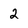
Character: 2